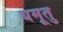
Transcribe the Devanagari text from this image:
यमूतु